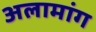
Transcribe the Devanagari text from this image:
अलामांग